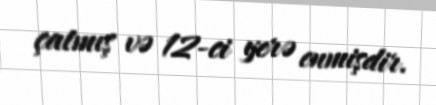
çatmış və 12-ci yerə enmişdir.